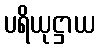
ပရိယုဋ္ဌာယ